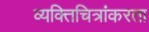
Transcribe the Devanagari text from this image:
व्यक्तिचित्रांकरता